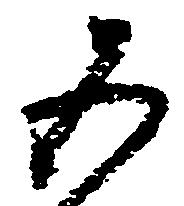
五